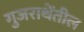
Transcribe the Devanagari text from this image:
गुजराथेंतील